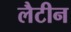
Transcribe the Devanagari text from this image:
लैटीन